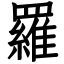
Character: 羅